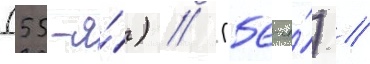
(55-я́) // (56-я́) //